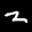
Label: 2